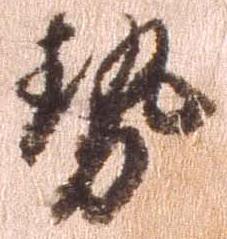
勢